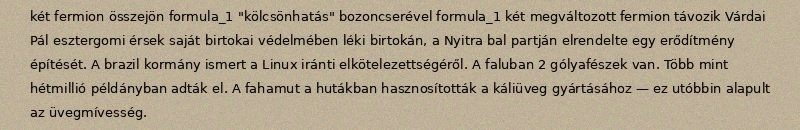
két fermion összejön formula_1 "kölcsönhatás" bozoncserével formula_1 két megváltozott fermion távozik Várdai Pál esztergomi érsek saját birtokai védelmében léki birtokán, a Nyitra bal partján elrendelte egy erődítmény építését. A brazil kormány ismert a Linux iránti elkötelezettségéről. A faluban 2 gólyafészek van. Több mint hétmillió példányban adták el. A fahamut a hutákban hasznosították a káliüveg gyártásához — ez utóbbin alapult az üvegmívesség.